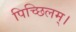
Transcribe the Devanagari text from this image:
पिच्छिलम्।